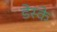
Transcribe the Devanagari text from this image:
डेस्के